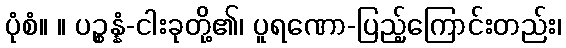
ပုံစံ။ ။ ပဉ္စန္နံ-ငါးခုတို့၏၊ ပူရဏော-ပြည့်ကြောင်းတည်း၊